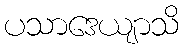
ပသာဒေယျာသိ